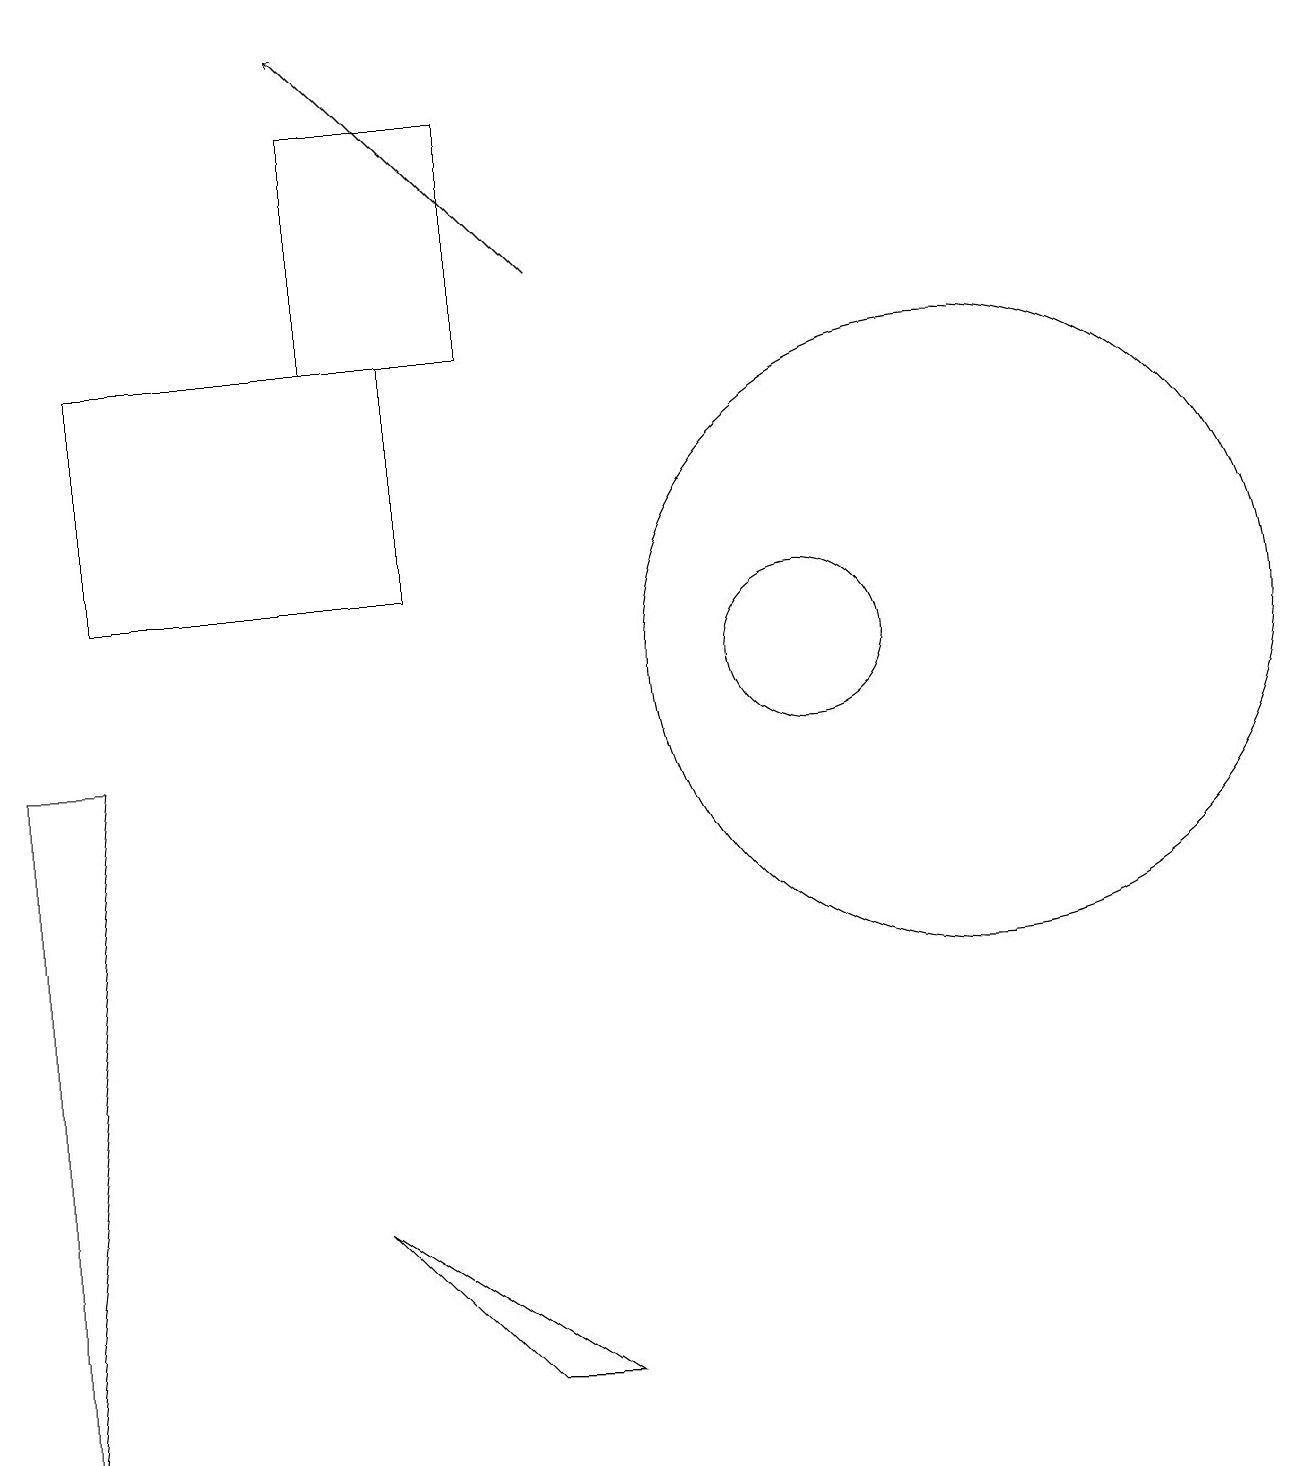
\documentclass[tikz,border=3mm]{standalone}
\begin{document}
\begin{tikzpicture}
\draw (7,1) -- (4,3) -- (6,1) -- cycle;
\draw (12,10) circle (4);
\draw[->] (7,15) -- (4,18);
\draw (10,10) circle (1);
\draw (6,14) rectangle (4,17);
\draw (0,9) -- (0,0) -- (1,9) -- cycle;
\draw (1,11) rectangle (5,14);
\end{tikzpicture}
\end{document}